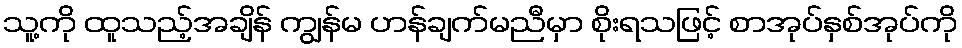
သူ့ကို ထူသည့်အချိန် ကျွန်မ ဟန်ချက်မညီမှာ စိုးရသဖြင့် စာအုပ်နှစ်အုပ်ကို